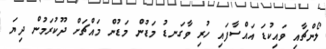
ލޯންޗާއި ވައިކުޑަ އައްސާފައި ހުރި ވާގަނޑު މަޑުން މަޑުން މައްޗަށް ދޫކުރަމުން ދިޔަ